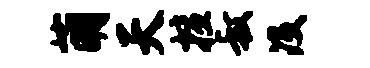
萌天擅叔没